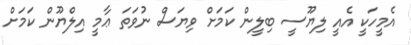
އެމީހަކީ އެއީ ލިޔޫސީ ބިލީން ކަމަށް ވިޔަސް ނުވަތަ ޢާމީ އިލްޔޫން ކަމަށް